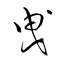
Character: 曵